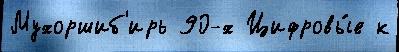
Мухоршиб'ирь 90-х Цифровы́е к